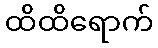
ထိထိရောက်